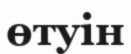
өтуін